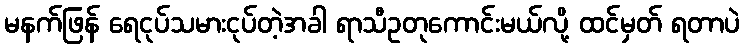
မနက်ဖြန် ရေငုပ်သမားငုပ်တဲ့အခါ ရာသီဥတုကောင်းမယ်လို့ ထင်မှတ် ရတာပဲ